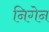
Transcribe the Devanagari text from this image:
निगेन